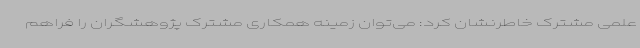
علمی مشترک خاطرنشان کرد: می‌توان زمینه همکاری مشترک پژوهشگران را فراهم